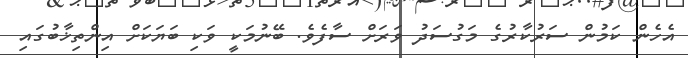
އެހެން ކަމުން ސަރުކާރުގެ މަގުސަދު ވަރަށް ސާފެވެ. ބޭނުމަކީ ވަކި ބަޔަކަށް އިންތިޚާބުގައި